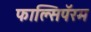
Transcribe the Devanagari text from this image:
फाल्सिपॅरम